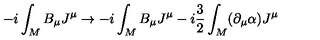
- i \int _ { M } B _ { \mu } J ^ { \mu } \rightarrow - i \int _ { M } B _ { \mu } J ^ { \mu } - i \frac { 3 } { 2 } \int _ { M } ( \partial _ { \mu } \alpha ) J ^ { \mu }